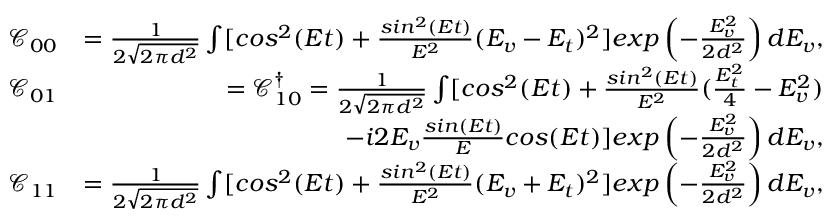
\begin{array} { r l r } & { \mathcal { C } _ { 0 0 } } & { = \frac { 1 } { 2 \sqrt { 2 \pi d ^ { 2 } } } \int [ c o s ^ { 2 } ( E t ) + \frac { s i n ^ { 2 } ( E t ) } { E ^ { 2 } } ( E _ { v } - E _ { t } ) ^ { 2 } ] e x p \left( - \frac { E _ { v } ^ { 2 } } { 2 d ^ { 2 } } \right) d E _ { v } , } \\ & { \mathcal { C } _ { 0 1 } } & { = \mathcal { C } _ { 1 0 } ^ { \dagger } = \frac { 1 } { 2 \sqrt { 2 \pi d ^ { 2 } } } \int [ c o s ^ { 2 } ( E t ) + \frac { s i n ^ { 2 } ( E t ) } { E ^ { 2 } } ( \frac { E _ { t } ^ { 2 } } { 4 } - E _ { v } ^ { 2 } ) } \\ & { } & { ~ ~ ~ ~ ~ ~ ~ ~ ~ ~ ~ - i 2 E _ { v } \frac { s i n ( E t ) } { E } c o s ( E t ) ] e x p \left( - \frac { E _ { v } ^ { 2 } } { 2 d ^ { 2 } } \right) d E _ { v } , } \\ & { \mathcal { C } _ { 1 1 } } & { = \frac { 1 } { 2 \sqrt { 2 \pi d ^ { 2 } } } \int [ c o s ^ { 2 } ( E t ) + \frac { s i n ^ { 2 } ( E t ) } { E ^ { 2 } } ( E _ { v } + E _ { t } ) ^ { 2 } ] e x p \left( - \frac { E _ { v } ^ { 2 } } { 2 d ^ { 2 } } \right) d E _ { v } , } \end{array}